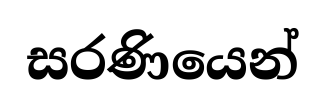
සරණියෙන්